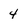
Character: 4